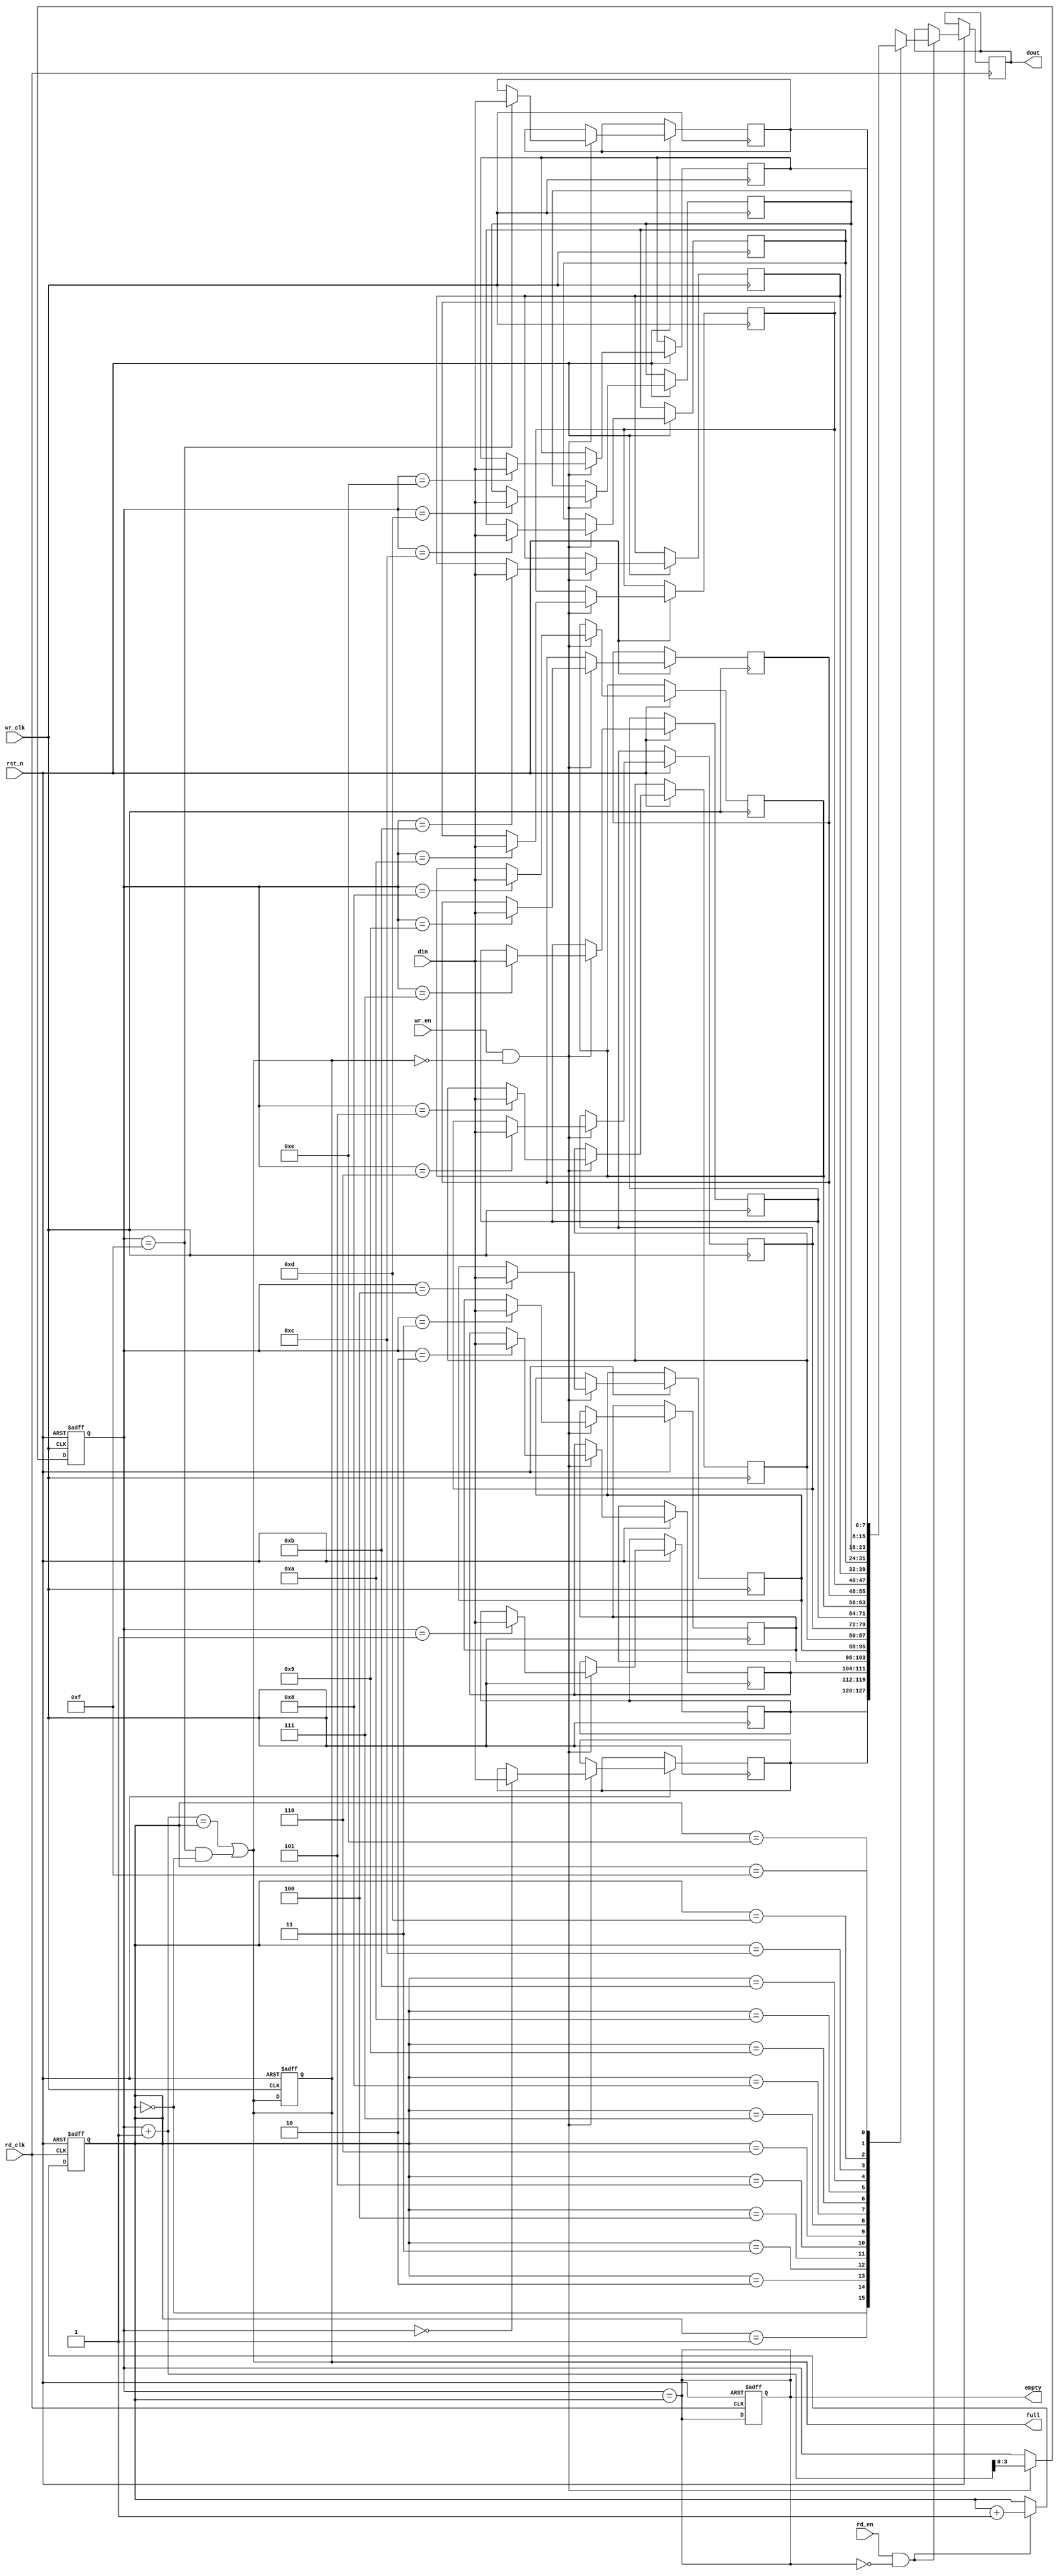
module dual_clock_fifo #(
    parameter DATA_WIDTH = 8,    // Width of the data
    parameter FIFO_DEPTH = 16     // Depth of the FIFO
) (
    input wire wr_clk,            // Write clock
    input wire rd_clk,            // Read clock
    input wire rst_n,             // Asynchronous reset (active low)
    input wire wr_en,             // Write enable
    input wire rd_en,             // Read enable
    input wire [DATA_WIDTH-1:0] din, // Data input
    output reg [DATA_WIDTH-1:0] dout, // Data output
    output reg full,              // FIFO full flag
    output reg empty              // FIFO empty flag
);

    // FIFO memory
    reg [DATA_WIDTH-1:0] fifo_mem [0:FIFO_DEPTH-1];

    // Write and read pointers
    reg [3:0] wr_ptr;             // Write pointer
    reg [3:0] rd_ptr;             // Read pointer
    reg [3:0] wr_ptr_gray;        // Write pointer in gray code
    reg [3:0] rd_ptr_gray;        // Read pointer in gray code
    reg [3:0] wr_ptr_sync;        // Synchronized write pointer
    reg [3:0] rd_ptr_sync;        // Synchronized read pointer

    // FIFO status management
    always @(posedge wr_clk or negedge rst_n) begin
        if (!rst_n) begin
            wr_ptr <= 0;
            full <= 0;
        end else if (wr_en && !full) begin
            fifo_mem[wr_ptr] <= din; // Write data
            wr_ptr <= wr_ptr + 1;    // Increment write pointer
        end
    end

    always @(posedge rd_clk or negedge rst_n) begin
        if (!rst_n) begin
            rd_ptr <= 0;
            empty <= 1;
        end else if (rd_en && !empty) begin
            dout <= fifo_mem[rd_ptr]; // Read data
            rd_ptr <= rd_ptr + 1;     // Increment read pointer
        end
    end

    // Full and empty flag logic
    always @(*) begin
        full = (wr_ptr + 1 == rd_ptr) || (wr_ptr == FIFO_DEPTH - 1 && rd_ptr == 0);
        empty = (wr_ptr == rd_ptr);
    end

    // Gray code conversion for pointers
    always @(posedge wr_clk or negedge rst_n) begin
        if (!rst_n) begin
            wr_ptr_gray <= 0;
        end else begin
            wr_ptr_gray <= (wr_ptr >> 1) ^ wr_ptr; // Convert to gray code
        end
    end

    always @(posedge rd_clk or negedge rst_n) begin
        if (!rst_n) begin
            rd_ptr_gray <= 0;
        end else begin
            rd_ptr_gray <= (rd_ptr >> 1) ^ rd_ptr; // Convert to gray code
        end
    end

    // Synchronizing write pointer to read clock domain
    always @(posedge rd_clk or negedge rst_n) begin
        if (!rst_n) begin
            wr_ptr_sync <= 0;
        end else begin
            wr_ptr_sync <= wr_ptr_gray; // Synchronize write pointer
        end
    end

    // Synchronizing read pointer to write clock domain
    always @(posedge wr_clk or negedge rst_n) begin
        if (!rst_n) begin
            rd_ptr_sync <= 0;
        end else begin
            rd_ptr_sync <= rd_ptr_gray; // Synchronize read pointer
        end
    end

endmodule